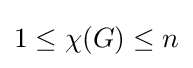
1\leq \chi (G)\leq n